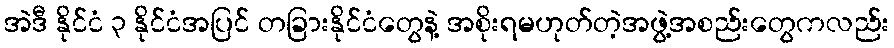
အဲဒီ နိုင်ငံ ၃ နိုင်ငံအပြင် တခြားနိုင်ငံတွေနဲ့ အစိုးရမဟုတ်တဲ့အဖွဲ့အစည်းတွေကလည်း